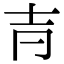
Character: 𡉉